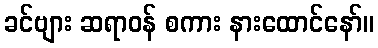
ခင်ဗျား ဆရာဝန် စကား နားထောင်နော်။